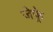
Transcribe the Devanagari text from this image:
जेफ़्रे